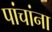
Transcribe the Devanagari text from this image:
पांचांना